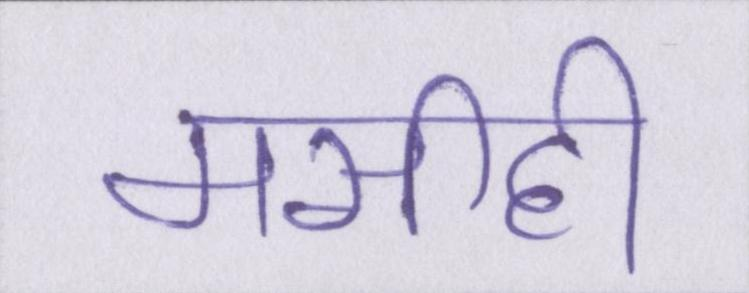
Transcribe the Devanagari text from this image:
मसीही